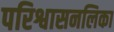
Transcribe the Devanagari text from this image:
परिश्वासनलिका